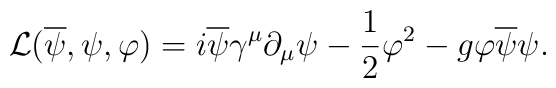
{\cal L}(\overline{\psi},\psi, \varphi)=i\overline{\psi}\gamma^{\mu}\partial_{\mu}\psi-\frac{1}{2}\varphi^{2}-g\varphi\overline{\psi}\psi.